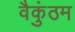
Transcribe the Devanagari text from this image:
वैकुंठम